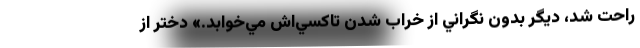
راحت شد، ديگر بدون نگراني از خراب‌ شدن تاكسي‌اش مي‌خوابد.» دختر از